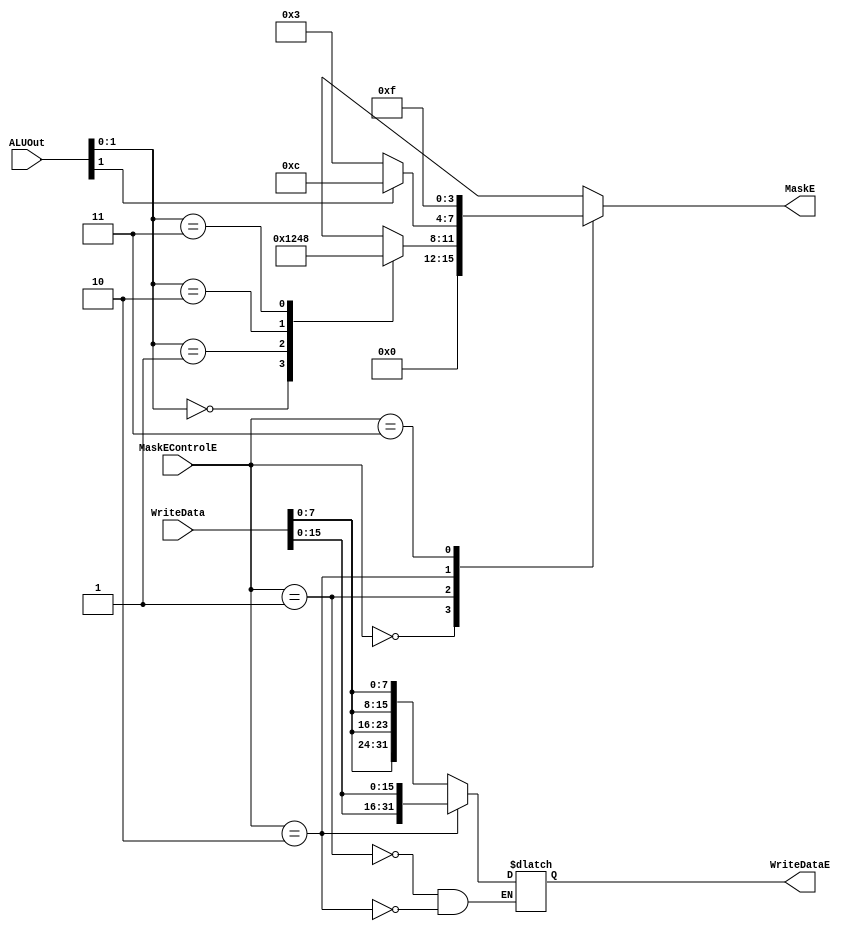
module writeMaskE(	input [1:0] MaskEControlE,
			input [31:0] ALUOut,
			input [31:0] WriteData,
			output reg [3:0] MaskE,
			output reg [31:0] WriteDataE);


always@(*)
	case(MaskEControlE)
		2'b00: MaskE <= 4'b0000;
		2'b01: begin
			case(ALUOut[1:0]) 			//SB
				2'b00: MaskE <= 4'b0001;
				2'b01: MaskE <= 4'b0010;
				2'b10: MaskE <= 4'b0100;
				2'b11: MaskE <= 4'b1000;
//				default:				//ERROR!
			endcase
			WriteDataE <= {{WriteData[7:0]}, {WriteData[7:0]}, {WriteData[7:0]}, {WriteData[7:0]}};
		end
		2'b10: begin						//SH
			MaskE <= (ALUOut[1] ? 4'b1100 : 4'b0011);
			WriteDataE <= {{WriteData[15:0]}, {WriteData[15:0]}};
		end							
		2'b11: MaskE <= 4'b1111;				//SW
//		default: 						//ERROR!
	endcase
endmodule